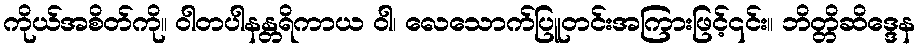
ကိုယ်အစိတ်ကို။ ဝါတပါနန္တရိကာယ ဝါ၊ လေသောက်ပြူတင်းအကြားဖြင့်၎င်း။ ဘိတ္တိဆိဒ္ဒေန